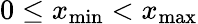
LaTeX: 0\leq x_{\mathrm{min}}<x_{\mathrm{max}}